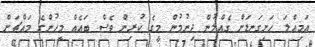
އަމިއްލަ ހަށިގަނޑަށް ގެއްލުން ދިނުމުން މީގެ ކުރިން ވެސް ބައެއް މީހުންގެ މައްޗަށް